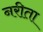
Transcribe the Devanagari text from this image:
नरीता